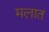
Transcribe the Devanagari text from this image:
मलात